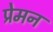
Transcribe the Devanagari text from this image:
प्रेमन